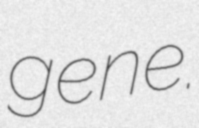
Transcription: gene.